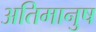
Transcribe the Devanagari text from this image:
अतिमानुष